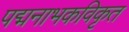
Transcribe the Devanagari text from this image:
पद्मनाभकविकृत